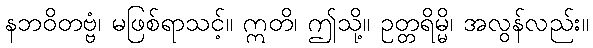
နဘဝိတဗ္ဗံ၊ မဖြစ်ရာသင့်။ ဣတိ၊ ဤသို့။ ဥတ္တရိမ္မိ၊ အလွန်လည်း။